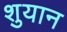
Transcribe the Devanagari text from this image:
शुयान